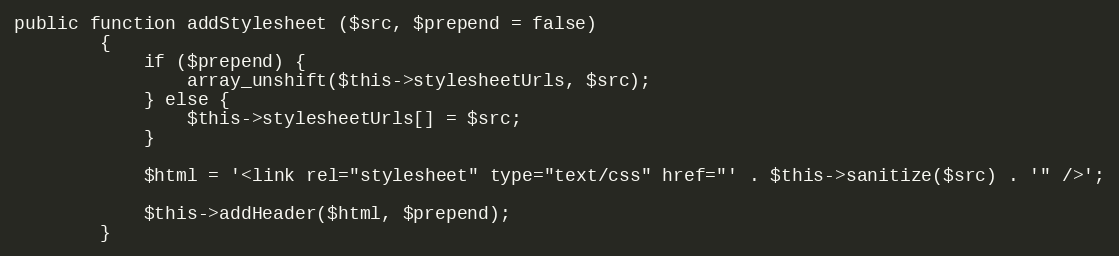
Language: PHP
public function addStylesheet ($src, $prepend = false)
		{
			if ($prepend) {
				array_unshift($this->stylesheetUrls, $src);
			} else {
				$this->stylesheetUrls[] = $src;
			}

			$html = '<link rel="stylesheet" type="text/css" href="' . $this->sanitize($src) . '" />';

			$this->addHeader($html, $prepend);
		}